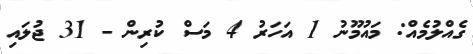
ގެއްލުމެއް: މައުމޫނު 1 އަހަރު 4 މަސް ކުރިން - 31 ޖުލައި